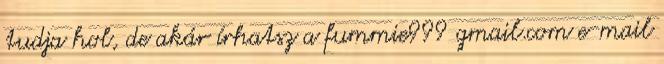
tudja hol, de akár írhatsz a fummie999 gmail.com e-mail